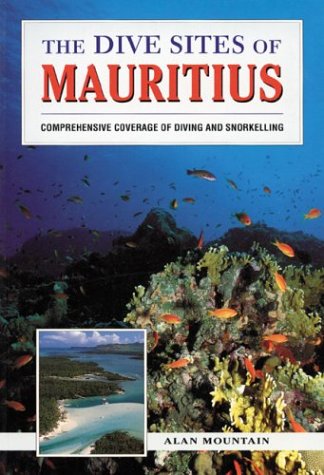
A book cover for The Dive Sites of Mauritius; Alan Mountain; Travel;